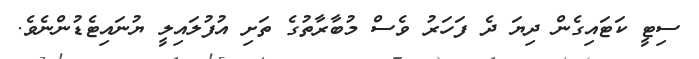
ސިޓީ ކަޓައިގެން ދިޔަ ދެ ފަހަރު ވެސް މުބާރާތުގެ ތަށި އުފުލައިލީ ޔުނައިޓެޑުންނެވެ.